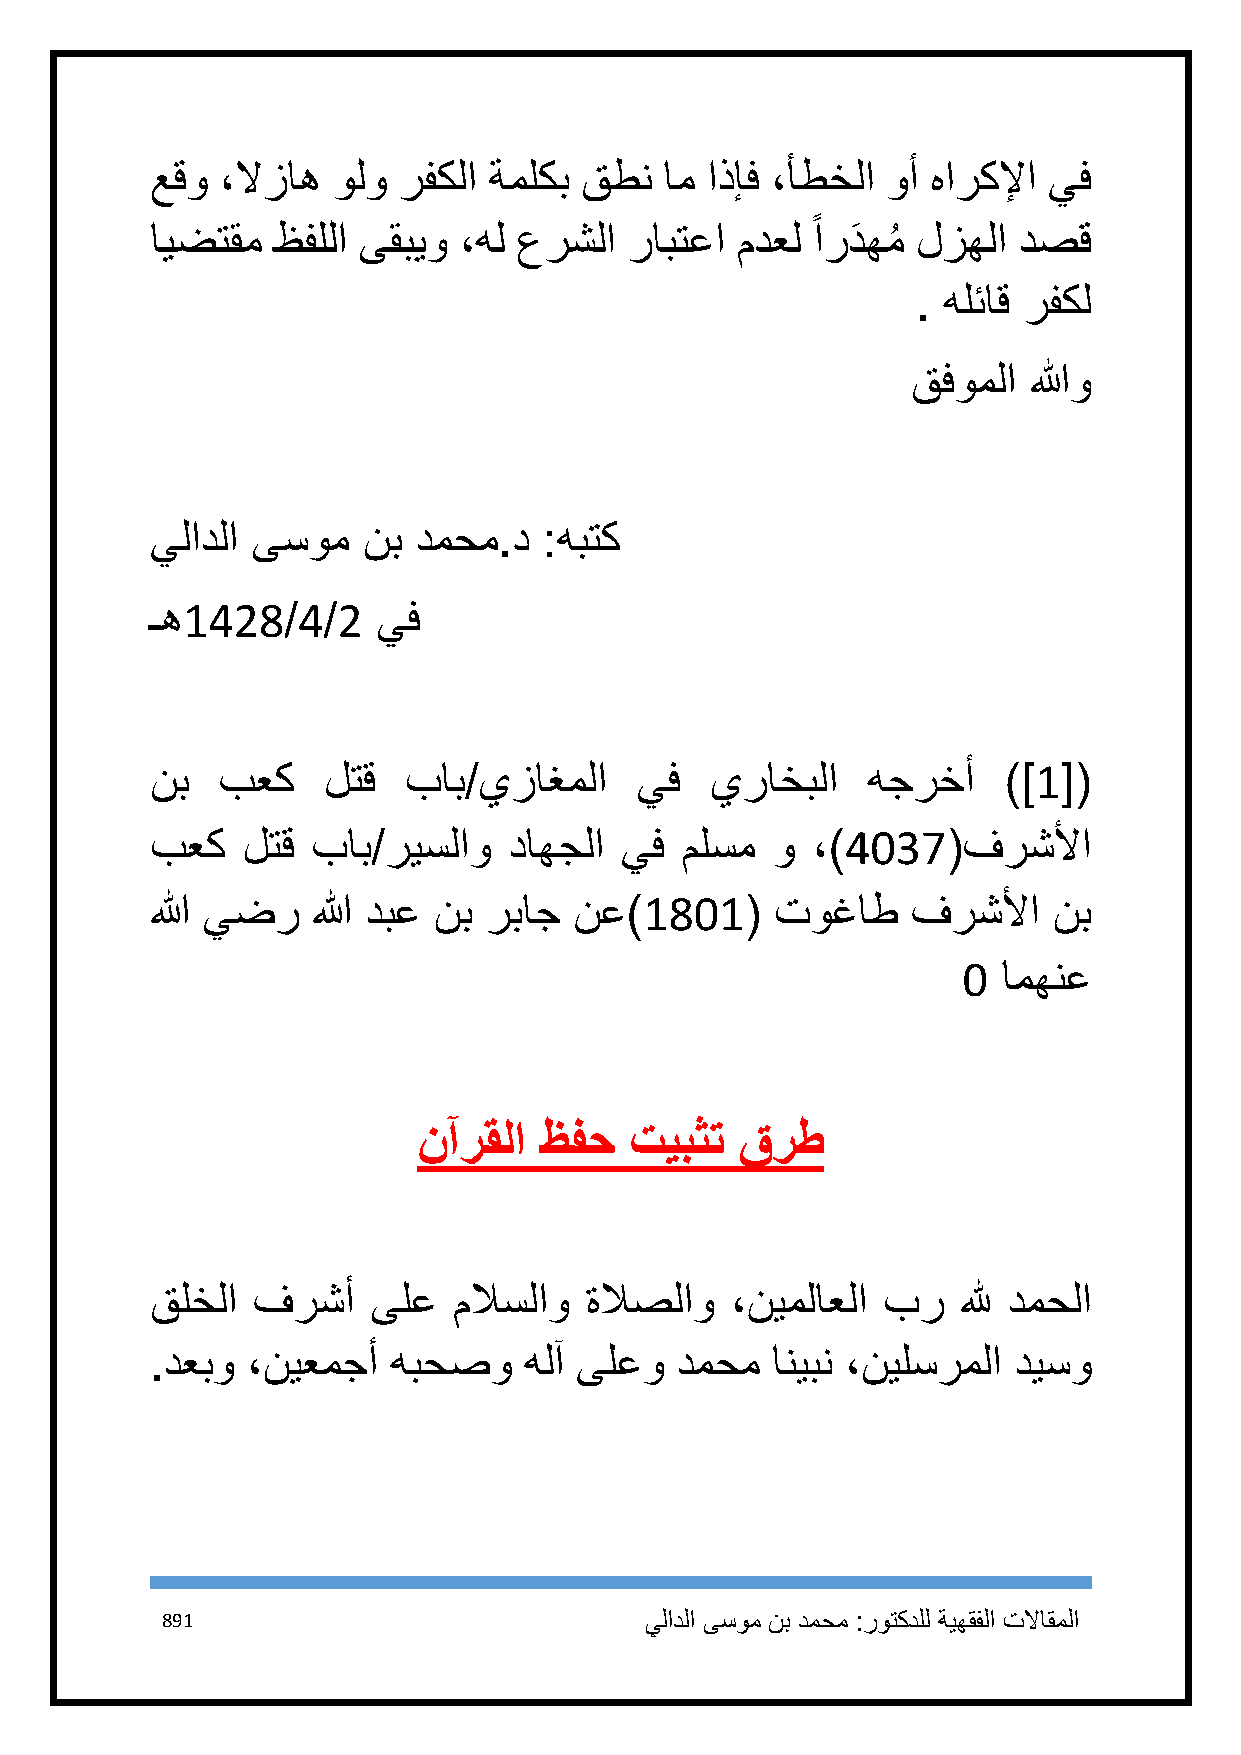
عقو  ،لازاه ولو رفكلا ةملكب قطن   ام اذإف ،أطخلا وأ هاركلإا يف
 ً
 ايضتقم  ظفللا ىقبيو ،هل عرشلا   رابتعا مدعل اردَ همُ لزهلا دصق
 . هلئاق رفكل
 قفوملا  اللهو
 يلادلا ىسوم   نب دمحم.د   :هبتك
 ـه1428/4/2     يف
 نب  بعك    لتق   باب/يزاغملا    يف   يراخبلا   هجرخأ    )]1[(
 بعك   لتق  باب/ريسلاو   داهجلا يف  ملسم  و  ،)4137(فرشلأا
 الله يضر   الله دبع نب رباج نع)1811(     توغاط    فرشلأا    نب
 1 امهنع
 نآرقلا  ظفح   تيبثت  قرط
 قلخلا  فرشأ    ىلع  ملاسلاو  ةلاصلاو  ،نيملاعلا بر    لله دمحلا
 .دعبو ،نيعمجأ   هبحصو    هلآ ىلعو  دمحم  انيبن ،نيلسرملا ديسو
 891                             يلادلا ىسوم نب دمحم :روتكدلل ةيهقفلا تلااقملا